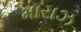
મારાઝ